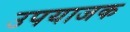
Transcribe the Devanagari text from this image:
उपयाजक